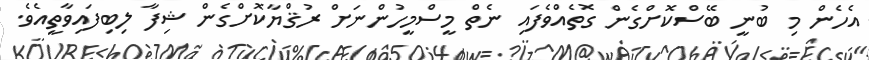
އެހެން މި ބުނީ ބޭސްކޮށްގެން ގޮތެއްވެފައި ނެތް މީސްމީހުންނަށް ރުޤްޔާކޮށްގެން ޝިފާ ލިބިފައިވާތީއެވެ.